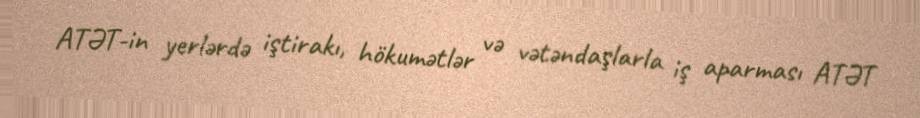
ATƏT-in yerlərdə iştirakı, hökumətlər və vətəndaşlarla iş aparması ATƏT